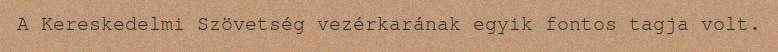
A Kereskedelmi Szövetség vezérkarának egyik fontos tagja volt.